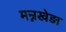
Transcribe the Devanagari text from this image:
मन्नखेड़ा